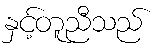
နှင့်တူညီသည်